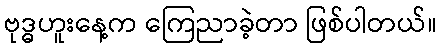
ဗုဒ္ဓဟူးနေ့က ကြေညာခဲ့တာ ဖြစ်ပါတယ်။